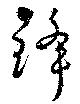
鋒